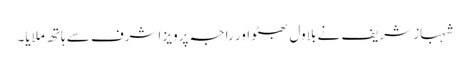
شہباز شریف نے بلاول بھٹو اور راجہ پرویز اشرف سے ہاتھ ملایا۔